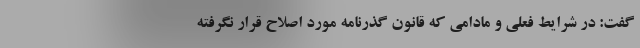
گفت: در شرایط فعلی و مادامی که قانون گذرنامه مورد اصلاح قرار نگرفته